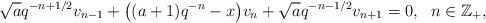
LaTeX: \begin{align*}\sqrt{a}q^{-n+1/2}v_{n-1}+\big((a+1)q^{-n}-x\big)v_{n}+\sqrt{a}q^{-n-1/2}v_{n+1}=0,\ \ n\in\mathbb{Z}_{+},\end{align*}